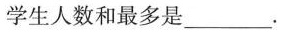
学生人数和最多是___。